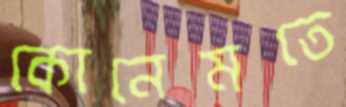
কোনেমতে